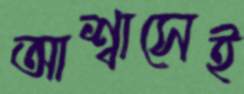
আশ্বাসেই